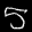
Label: 5